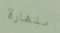
منهارة